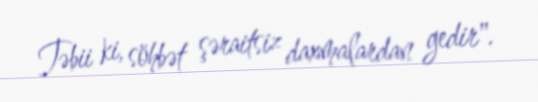
Təbii ki, söhbət şəraitsiz daxmalardan gedir".